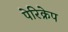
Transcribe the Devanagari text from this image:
पेरिक्रेप